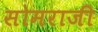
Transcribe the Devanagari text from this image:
सोमराजी